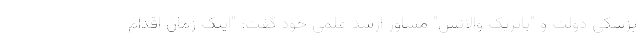
پزشکی دولت و "پاتریک والانس" مشاور ارشد علمی خود گفت: "اینک زمان اقدام